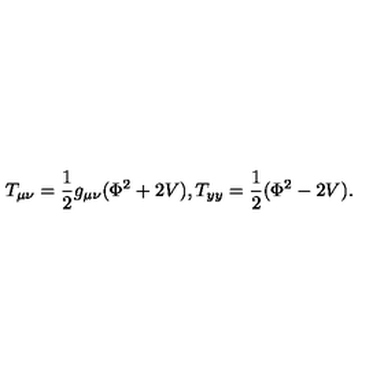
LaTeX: T _ { \mu \nu } = { \frac { 1 } { 2 } } g _ { \mu \nu } ( \Phi ^ { 2 } + 2 V ) , T _ { y y } = { \frac { 1 } { 2 } } ( \Phi ^ { 2 } - 2 V ) .